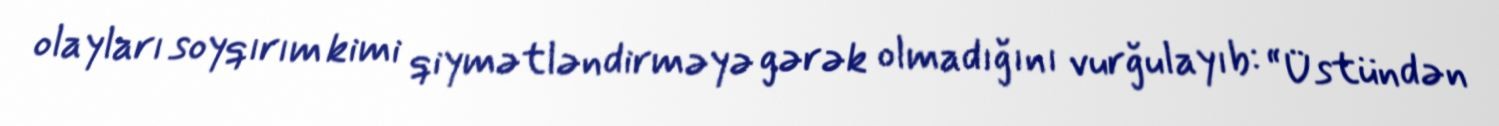
olayları soyqırım kimi qiymətləndirməyə gərək olmadığını vurğulayıb: “Üstündən